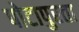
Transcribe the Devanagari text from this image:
पोटापुरता